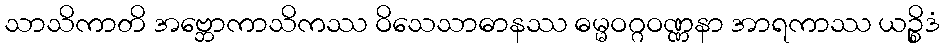
သာသိကာတိ အဗ္ဘောကာသိကဿ ဝိသေသာဓာနဿ ဓမ္မဝဂ္ဂဝဏ္ဏနာ အာရကာဿ ယဉ္စိဒံ